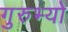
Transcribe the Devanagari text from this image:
गुरुभ्यो